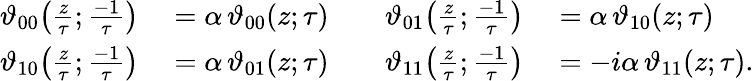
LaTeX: \begin{array}{rlrl}{\vartheta_{00}\! \left({\frac{z}{\tau}};{\frac{-1}{\tau}}\right)}&{{}=\alpha\, \vartheta_{00}(z;\tau)\quad}&{\vartheta_{01}\! \left({\frac{z}{\tau}};{\frac{-1}{\tau}}\right)}&{{}=\alpha\, \vartheta_{10}(z;\tau)}\\ {\vartheta_{10}\! \left({\frac{z}{\tau}};{\frac{-1}{\tau}}\right)}&{{}=\alpha\, \vartheta_{01}(z;\tau)\quad}&{\vartheta_{11}\! \left({\frac{z}{\tau}};{\frac{-1}{\tau}}\right)}&{{}=-i\alpha\, \vartheta_{11}(z;\tau).}\end{array}